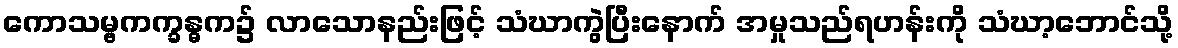
ကောသမ္ဗကက္ခန္ဓက၌ လာသောနည်းဖြင့် သံဃာကွဲပြီးနောက် အမှုသည်ရဟန်းကို သံဃာ့ဘောင်သို့